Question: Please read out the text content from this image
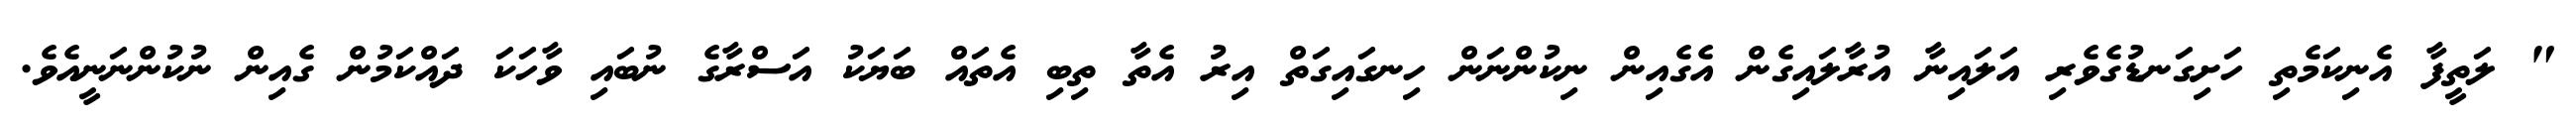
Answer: " ލަތީފާ އެނިކަމެތި ހަށިގަނޑުގެވެރި އަލައިނާ އުރާލައިގެން އެގެއިން ނިކުންނަން ހިނގައިގަތް އިރު އެތާ ތިބި އެތައް ބަޔަކު އަސްރާގެ ނުބައި ވާހަކަ ދައްކަމުން ގެއިން ނުކުންނަނީއެވެ.